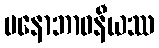
မနောဘာဝနီယဿ